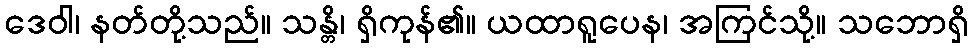
ဒေဝါ၊ နတ်တို့သည်။ သန္တိ၊ ရှိကုန်၏။ ယထာရူပေန၊ အကြင်သို့။ သဘောရှိ